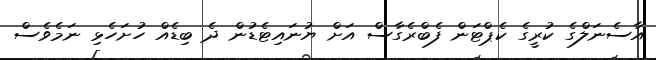
އާސެނަލްގެ ކުރީގެ ކެޕްޓަން ފެބްރެގާސް އަށް ޔުނައިޓެޑުން ދެ ބިޑެއް ހުށަހެޅި ނަމެވެސް